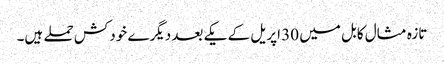
تازہ مثال کابل میں 30 اپریل کے یکے بعد دیگرے خودکش حملے ہیں۔